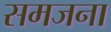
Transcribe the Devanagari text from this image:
समजना